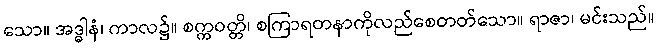
သော။ အဒ္ဓါနံ၊ ကာလ၌။ စက္ကဝတ္တိ၊ စကြာရတနာကိုလည်စေတတ်သော။ ရာဇာ၊ မင်းသည်။